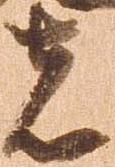
者